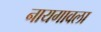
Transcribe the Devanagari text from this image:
नायगावला